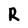
Character: R